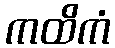
ကထိကံ